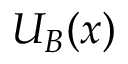
U _ { B } ( { \boldsymbol { x } } )